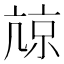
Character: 𡮎